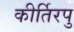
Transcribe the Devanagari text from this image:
कीर्तिरपु